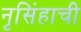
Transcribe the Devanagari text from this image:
नृसिंहाची